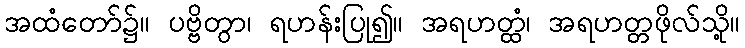
အထံတော်၌။ ပဗ္ဗိတွာ၊ ရဟန်းပြု၍။ အရဟတ္ထံ၊ အရဟတ္တဖိုလ်သို့။